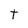
Character: t